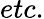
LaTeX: etc.